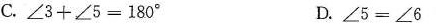
C.∠3+∠5=180° D.∠5=∠6